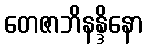
တေဇာဘိနန္ဒိနော